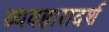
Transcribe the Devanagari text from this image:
व्‍यवहारादर्श